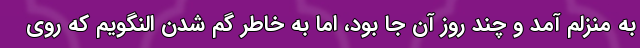
به منزلم آمد و چند روز آن جا بود، اما به خاطر گم شدن النگویم که روی